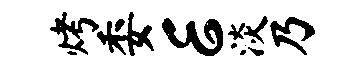
烤委E淡乃